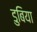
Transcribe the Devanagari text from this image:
डुबिया